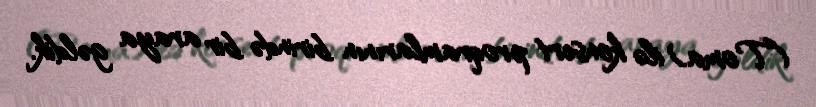
(Toma) ilə konsert proqramlarının birində bir araya gəldik.